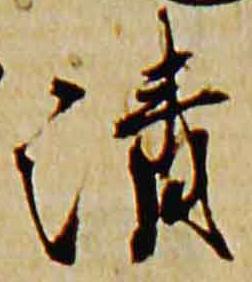
清